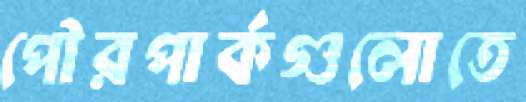
পৌরপার্কগুলোতে